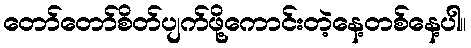
တော်တော်စိတ်ပျက်ဖို့ကောင်းတဲ့နေ့တစ်နေ့ပါ။